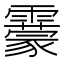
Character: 靀